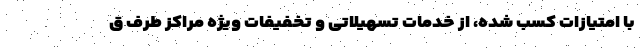
با امتیازات کسب شده، از خدمات تسهیلاتی و تخفیفات ویژه مراکز طرف ق